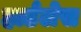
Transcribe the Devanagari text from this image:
हार्डलेस